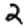
Digit: 2